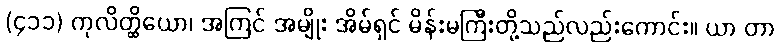
(၄၁၁) ကုလိတ္ထိယော၊ အကြင် အမျိုး အိမ်ရှင် မိန်းမကြီးတို့သည်လည်းကောင်း။ ယာ တာ